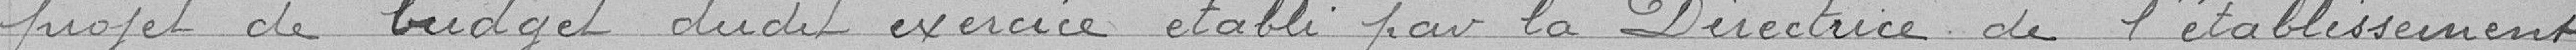
projet de budget dudit exercice établi par la Directrice de l'établissement